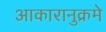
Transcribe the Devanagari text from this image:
आकारानुक्रमे